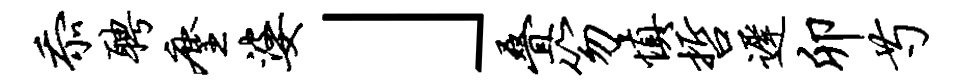
忝聘麈婆」叠笏慎哲迟卯芍